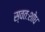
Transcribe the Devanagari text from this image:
स्वतःशोध